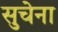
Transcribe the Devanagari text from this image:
सुचेना